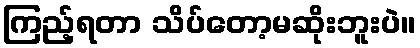
ကြည့်ရတာ သိပ်တော့မဆိုးဘူးပဲ။